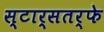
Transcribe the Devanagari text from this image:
स्टार्सतर्फे